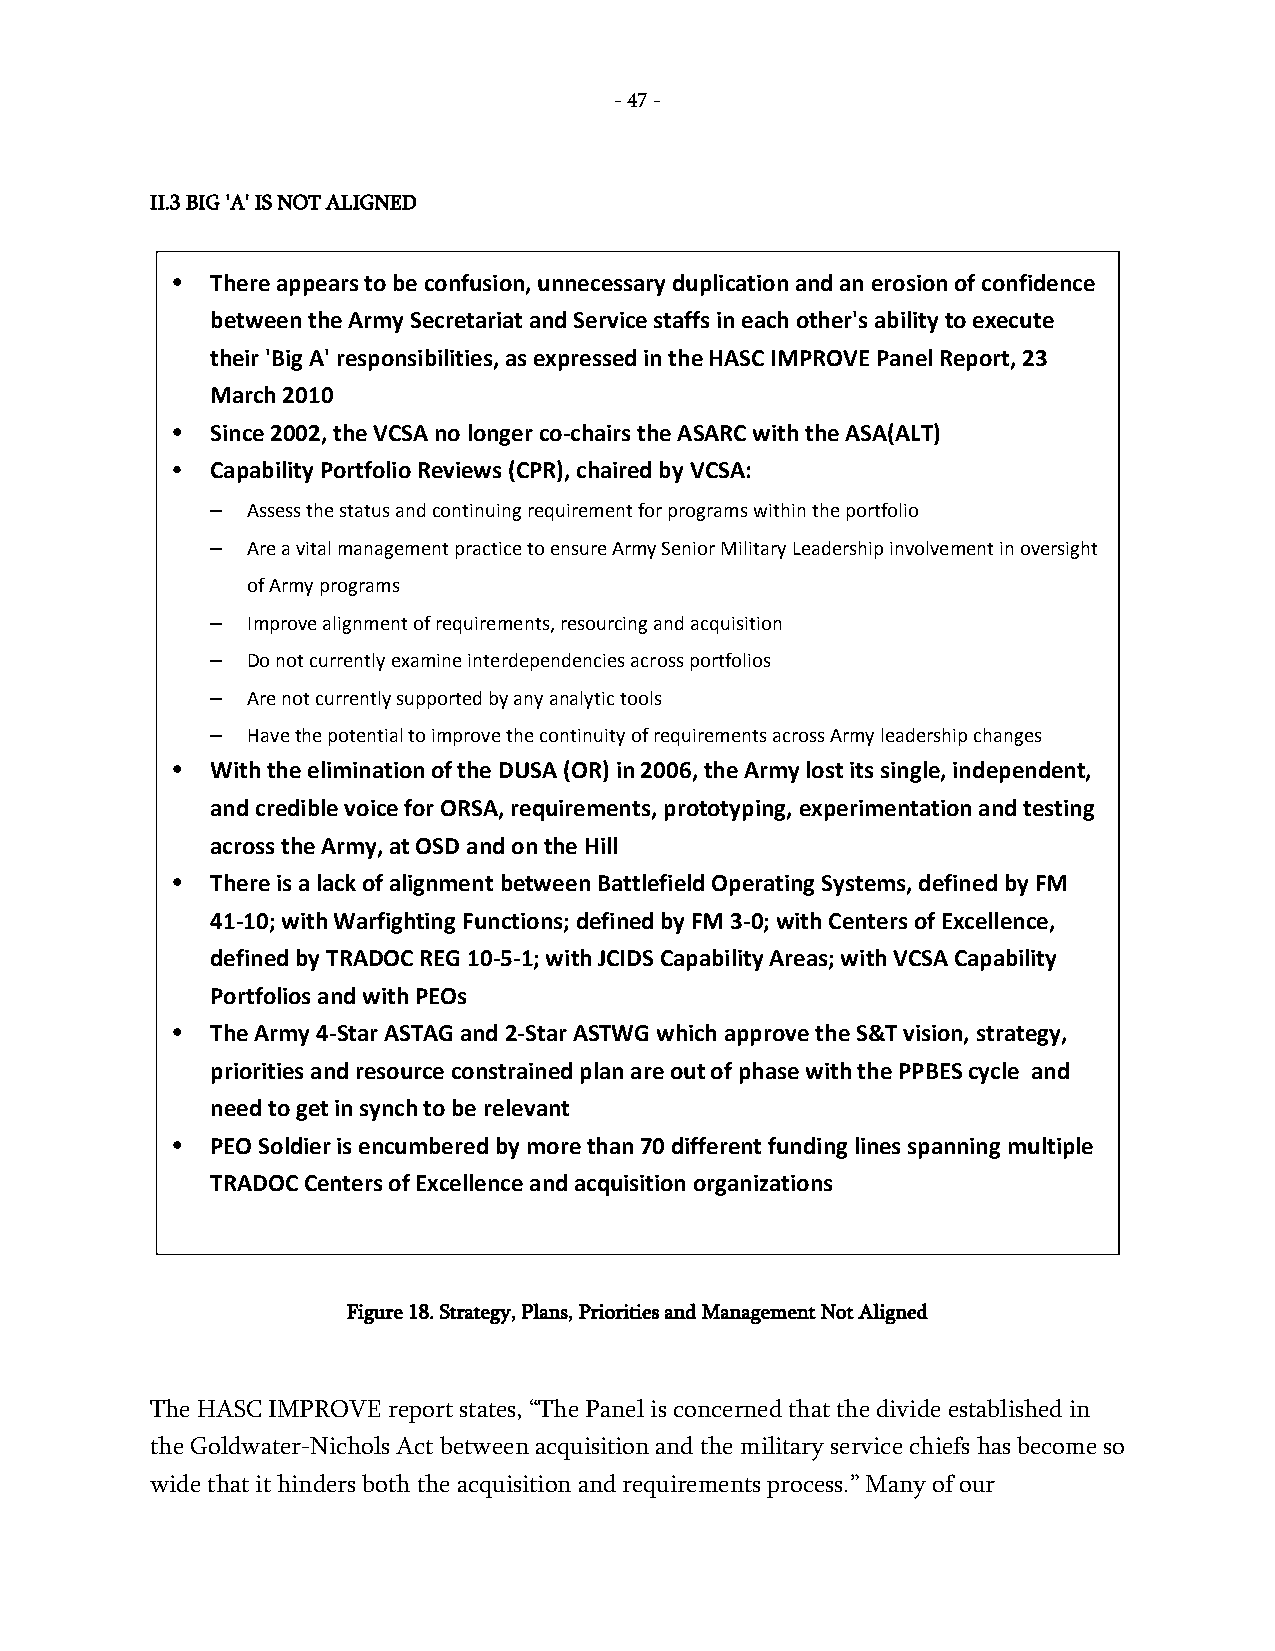
- 47 -
 II.3 BIG 'A' IS NOT ALIGNED
 •  There appears to be confusion, unnecessary duplication and an erosion of confidence
 between the Army Secretariat and Service staffs in each other's ability to execute
 their 'Big A' responsibilities, as expressed in the HASC IMPROVE Panel Report, 23
 March 2010
 •  Since 2002, the VCSA no longer co-chairs the ASARC with the ASA(ALT)
 •  Capability Portfolio Reviews (CPR), chaired by VCSA:
 – Assess the status and continuing requirement for programs within the portfolio
 – Are a vital management practice to ensure Army Senior Military Leadership involvement in oversight
 of Army programs
 – Improve alignment of requirements, resourcing and acquisition
 – Do not currently examine interdependencies across portfolios
 – Are not currently supported by any analytic tools
 – Have the potential to improve the continuity of requirements across Army leadership changes
 •  With the elimination of the DUSA (OR) in 2006, the Army lost its single, independent,
 and credible voice for ORSA, requirements, prototyping, experimentation and testing
 across the Army, at OSD and on the Hill
 •  There is a lack of alignment between Battlefield Operating Systems, defined by FM
 41-10; with Warfighting Functions; defined by FM 3-0; with Centers of Excellence,
 defined by TRADOC REG 10-5-1; with JCIDS Capability Areas; with VCSA Capability
 Portfolios and with PEOs
 •  The Army 4-Star ASTAG and 2-Star ASTWG which approve the S&T vision, strategy,
 priorities and resource constrained plan are out of phase with the PPBES cycle and
 need to get in synch to be relevant
 •  PEO Soldier is encumbered by more than 70 different funding lines spanning multiple
 TRADOC Centers of Excellence and acquisition organizations
 Figure 18. Strategy, Plans, Priorities and Management Not Aligned
 The HASC IMPROVE report states, “The Panel is concerned that the divide established in
 the Goldwater-Nichols Act between acquisition and the military service chiefs has become so
 wide that it hinders both the acquisition and requirements process.” Many of our
 -
 47
 -